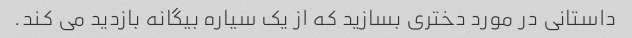
داستانی در مورد دختری بسازید که از یک سیاره بیگانه بازدید می کند.